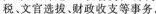
税，文官选拔、财政收支等事务.